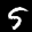
Digit: 5